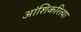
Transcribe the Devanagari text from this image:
आंशिकरित्या